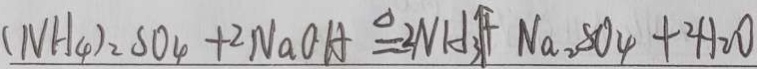
( N H _ { 4 } ) _ { 2 } S O _ { 4 } + 2 N a O H \xlongequal { \Delta } 2 N H _ { 3 } \uparrow + N a _ { 2 } S O _ { 4 } + 2 H _ { 2 } O